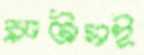
ব্রুটাসই